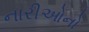
નારીઓનો